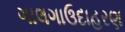
ગાલગાઉદાહરણ